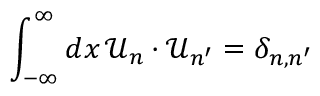
\int _ { - \infty } ^ { \infty } d x \, \mathcal { U } _ { n } \cdot \mathcal { U } _ { n ^ { \prime } } = \delta _ { n , n ^ { \prime } }